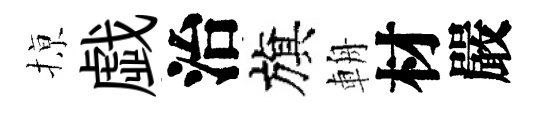
𢱊戯治旗輈材嚴